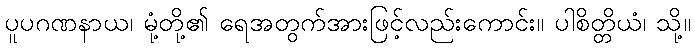
ပူပဂဏနာယ၊ မုံ့တို့၏ ရေအတွက်အားဖြင့်လည်းကောင်း။ ပါစိတ္တိယံ၊ သို့။